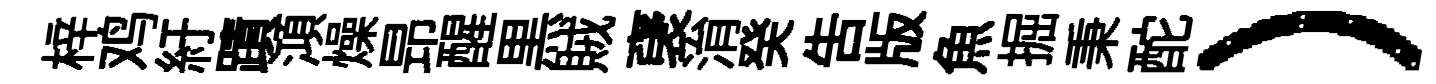
梓鸡紆蹟澒燥昻醒黒賊裦㳙癸吿版魚掘秉酡）